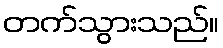
တက်သွားသည်။